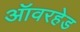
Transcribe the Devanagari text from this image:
ऑवरहेड